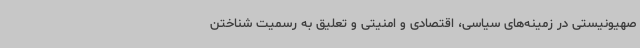
صهیونیستی در زمینه‌های سیاسی، اقتصادی و امنیتی و تعلیق به رسمیت شناختن